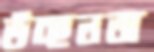
উচ্ছলতা